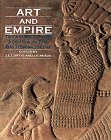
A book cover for Art and Empire: Treasures from Assyria in the British Museum; John E. Curtis; History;